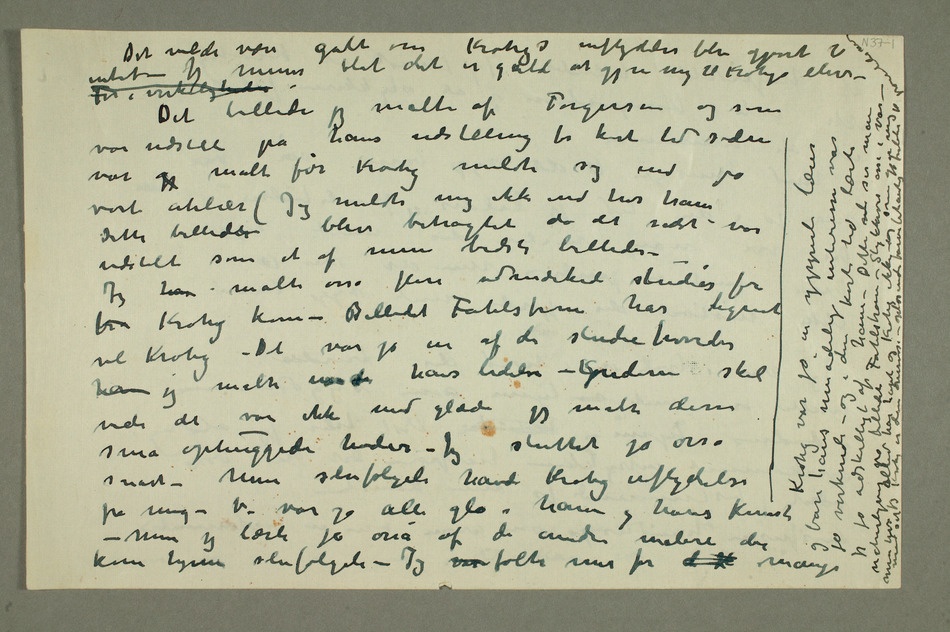
Det billede jeg malte af Torgersen og som
vort atelier (Jeg meldte mig ikke ind hos ham Dette billedert blev betragtet da det sidst
fra Krohg kom – Billedet Fahlstrøm har lignet
kom hjem selvfølgeli – Jeg var følte mer for d  mange Krohg var